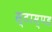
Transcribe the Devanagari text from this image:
स्टाम्पड